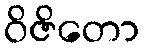
ဝိဇိတော